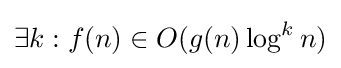
\exists k:f(n)\in O(g(n)\log ^{k}n)